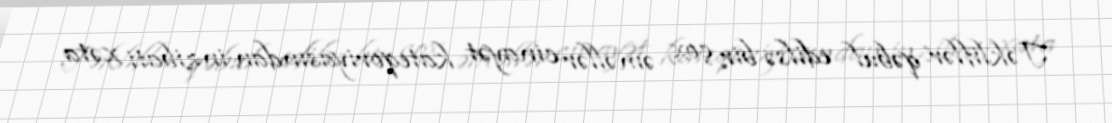
Təkliflər qəbul edilsə bir çox əməllər cinayət kateqoriyasından inzibati xəta